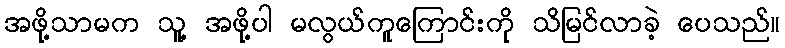
အဖို့သာမက သူ့ အဖို့ပါ မလွယ်ကူကြောင်းကို သိမြင်လာခဲ့ ပေသည်။